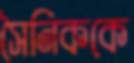
সৈনিককে